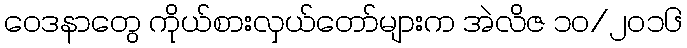
ဝေဒနာတွေ ကိုယ်စားလှယ်တော်များက အဲလိဇ ၁၀/၂၀၁၆